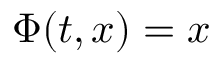
\Phi ( t , x ) = x